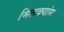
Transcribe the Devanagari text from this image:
मिलक्यांग